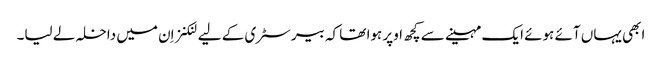
ابھی یہاں آئے ہوئے ایک مہینے سے کچھ اوپر ہوا تھا کہ بیرسٹری کے لیے لنکنز اِن میں داخلہ لے لیا۔